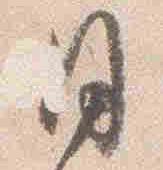
日